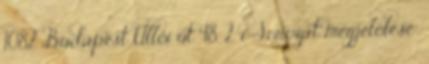
1082 Budapest Üllői út 48. 2. i Sorozat megjelölése: